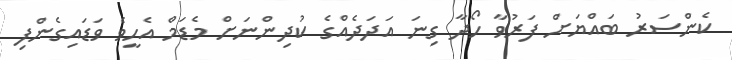
ކެންސަރު ބައްޔަށް ފަރުވާ ހޯދާ ގިނަ އަދަދެއްގެ ކުދިންނަށް މެޑަމް އެހީވެ ވަޑައިގެންފި